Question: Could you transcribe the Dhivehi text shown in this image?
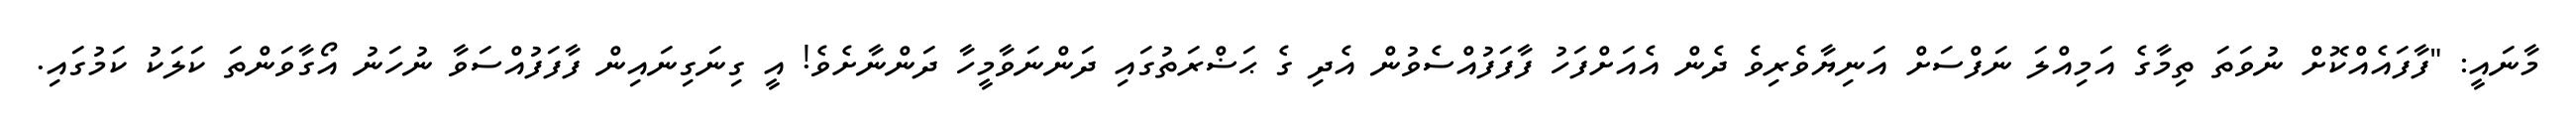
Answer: މާނައީ: "ފާފައެއްކޮށް ނުވަތަ ތިމާގެ އަމިއްލަ ނަފްސަށް އަނިޔާވެރިވެ ދެން އެއަށްފަހު ފާފަފުއްސެވުން އެދި ގެ ޙަޟްރަތުގައި ދަންނަވާމީހާ ދަންނާށެވެ! އީ ގިނަގިނައިން ފާފަފުއްސަވާ ނުހަނު އޯގާވަންތަ ކަލަކު ކަމުގައި.